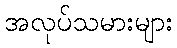
အလုပ်သမားများ